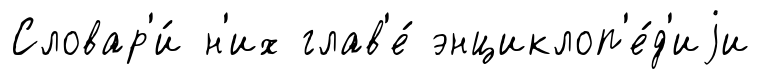
Словар'и́ н'их глав'е́ энциклоп'е́д'иjи